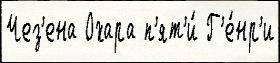
Чез'ена Охара п'ят'и́ Г'е́нр'и